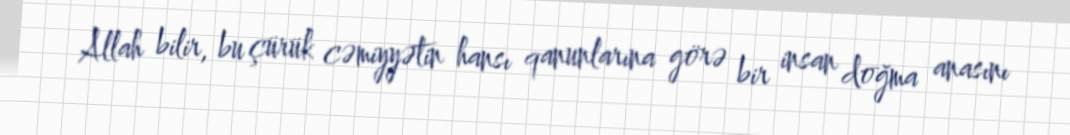
Allah bilir, bu çürük cəmiyyətin hansı qanunlarına görə bir insan doğma anasını